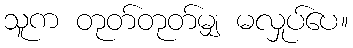
သူက တုတ်တုတ်မျှ မလှုပ်ပေ။